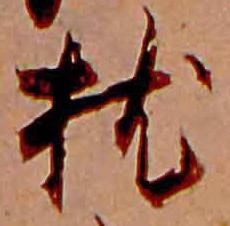
枕